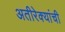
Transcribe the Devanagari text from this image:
अतीरेक्यांची